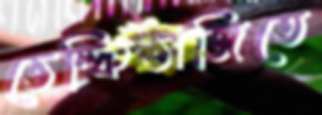
ভেল্কিভাজিতে